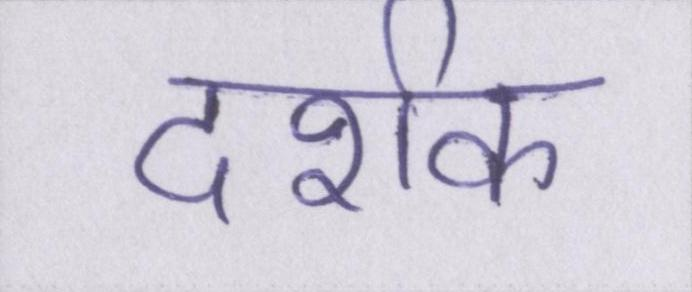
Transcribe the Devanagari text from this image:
दर्शक